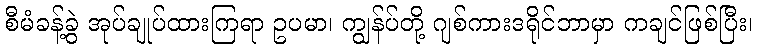
စီမံခန့်ခွဲ အုပ်ချုပ်ထားကြရာ ဥပမာ၊ ကျွန်ပ်တို့ ဂျစ်ကားဒရိုင်ဘာမှာ ကချင်ဖြစ်ပြီး၊